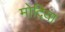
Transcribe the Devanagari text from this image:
मोदिया